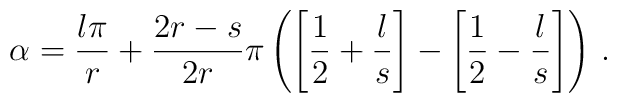
\alpha =\frac{l\pi }{r}+\frac{2r-s}{2r}\pi \left( \left[ \frac{1}{2}+\frac{l}{s}\right] -\left[ \frac{1}{2}-\frac{l}{s}\right] \right) \, .